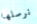
نرسلها